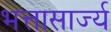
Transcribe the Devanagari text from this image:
भत्तासार्ज्य